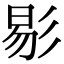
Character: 𢒗